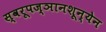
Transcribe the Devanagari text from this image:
स्वरूपज्ञानशून्येन